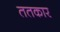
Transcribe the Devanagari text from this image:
ततकार